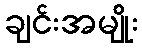
ချင်းအမျိုး